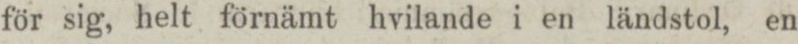
för sig, helt förnämt hvilande i en ländstol, en